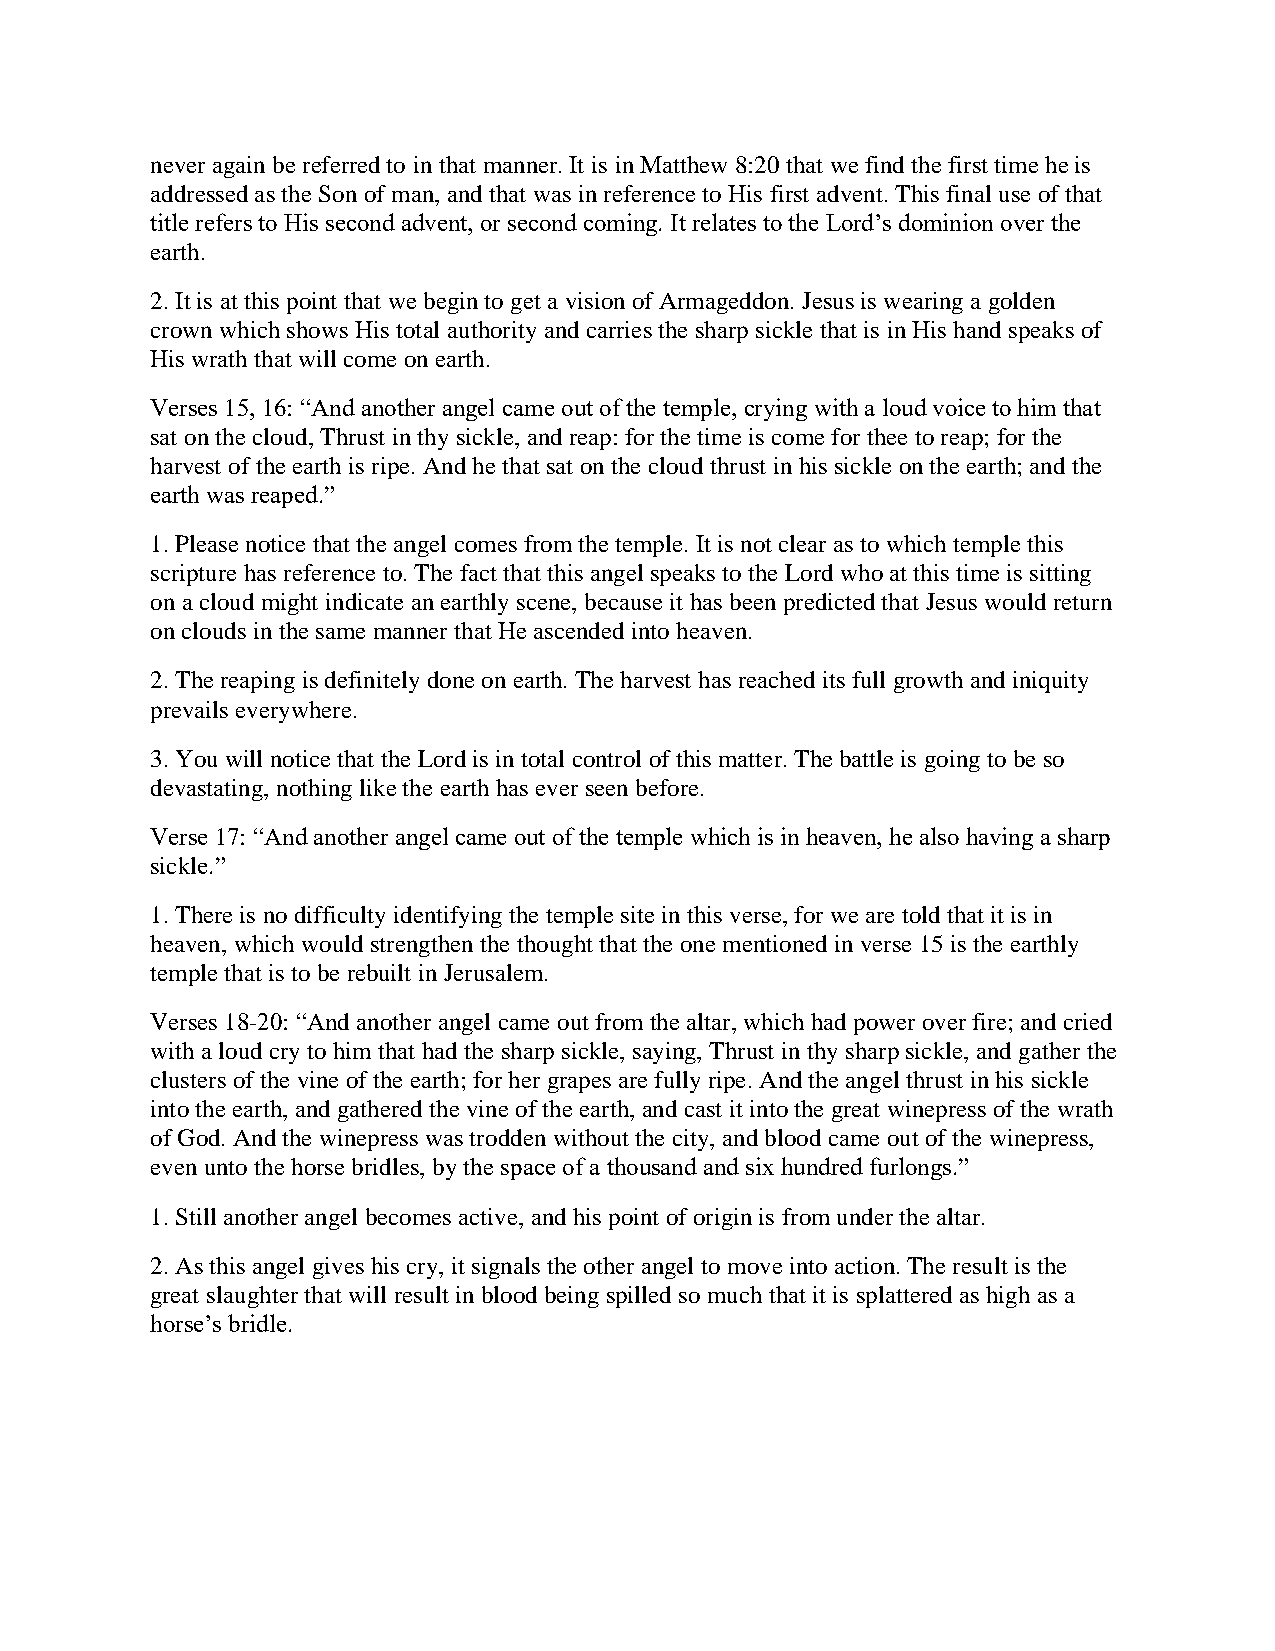
never again be referred to in that manner. It is in Matthew 8:20 that we find the first time he is
 addressed as the Son of man, and that was in reference to His first advent. This final use of that
 title refers to His second advent, or second coming. It relates to the Lord’s dominion over the
 earth.
 2. It is at this point that we begin to get a vision of Armageddon. Jesus is wearing a golden
 crown which shows His total authority and carries the sharp sickle that is in His hand speaks of
 His wrath that will come on earth.
 Verses 15, 16: “And another angel came out of the temple, crying with a loud voice to him that
 sat on the cloud, Thrust in thy sickle, and reap: for the time is come for thee to reap; for the
 harvest of the earth is ripe. And he that sat on the cloud thrust in his sickle on the earth; and the
 earth was reaped.”
 1. Please notice that the angel comes from the temple. It is not clear as to which temple this
 scripture has reference to. The fact that this angel speaks to the Lord who at this time is sitting
 on a cloud might indicate an earthly scene, because it has been predicted that Jesus would return
 on clouds in the same manner that He ascended into heaven.
 2. The reaping is definitely done on earth. The harvest has reached its full growth and iniquity
 prevails everywhere.
 3. You will notice that the Lord is in total control of this matter. The battle is going to be so
 devastating, nothing like the earth has ever seen before.
 Verse 17: “And another angel came out of the temple which is in heaven, he also having a sharp
 sickle.”
 1. There is no difficulty identifying the temple site in this verse, for we are told that it is in
 heaven, which would strengthen the thought that the one mentioned in verse 15 is the earthly
 temple that is to be rebuilt in Jerusalem.
 Verses 18-20: “And another angel came out from the altar, which had power over fire; and cried
 with a loud cry to him that had the sharp sickle, saying, Thrust in thy sharp sickle, and gather the
 clusters of the vine of the earth; for her grapes are fully ripe. And the angel thrust in his sickle
 into the earth, and gathered the vine of the earth, and cast it into the great winepress of the wrath
 of God. And the winepress was trodden without the city, and blood came out of the winepress,
 even unto the horse bridles, by the space of a thousand and six hundred furlongs.”
 1. Still another angel becomes active, and his point of origin is from under the altar.
 2. As this angel gives his cry, it signals the other angel to move into action. The result is the
 great slaughter that will result in blood being spilled so much that it is splattered as high as a
 horse’s bridle.